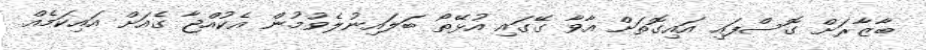
ބާޒާރަށް ގޮސްފައި އައިގޮތަށް އާވާ ގޭގައި އުޅޭތޯ ބަލައިނުލެވުމުން އެކުއްޖާ ގެއަށް އައިކަމެއް